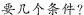
要几个条件?